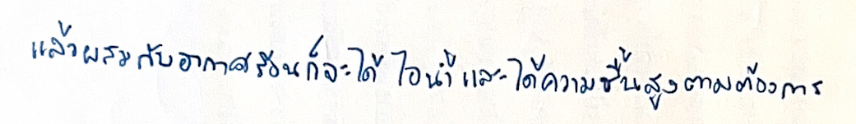
แล้วผสมกับอากาศร้อนก็จะได้ไอน้ำและได้ความชื้นสูงตามต้องการ